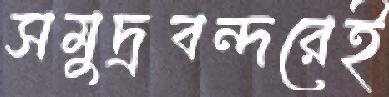
সমুদ্রবন্দরেই